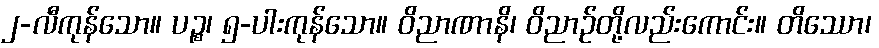
၂-လီကုန်သော။ ပဉ္စ၊ ၅-ပါးကုန်သော။ ဝိညာဏာနိ၊ ဝိညာဉ်တို့လည်းကောင်း။ တိဿော၊